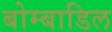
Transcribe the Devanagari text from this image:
बोम्बाडिल